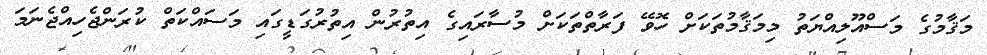
މަޤާމުގެ މަސްއޫލިއްޔަތު މިމަޤާމުތަކަށް ހޮވޭ ފަރާތްތަކަށް މުސާރައިގެ އިތުރުން އިތުރުގަޑީގައި މަސައްކަތް ކުރަންޖެހިއްޖެނަމަ